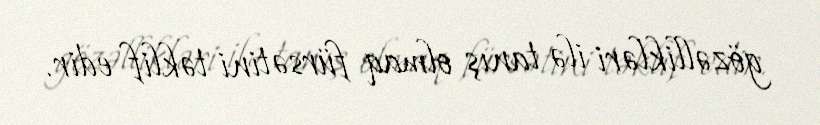
gözəllikləri ilə tanış olmaq fürsətini təklif edir.